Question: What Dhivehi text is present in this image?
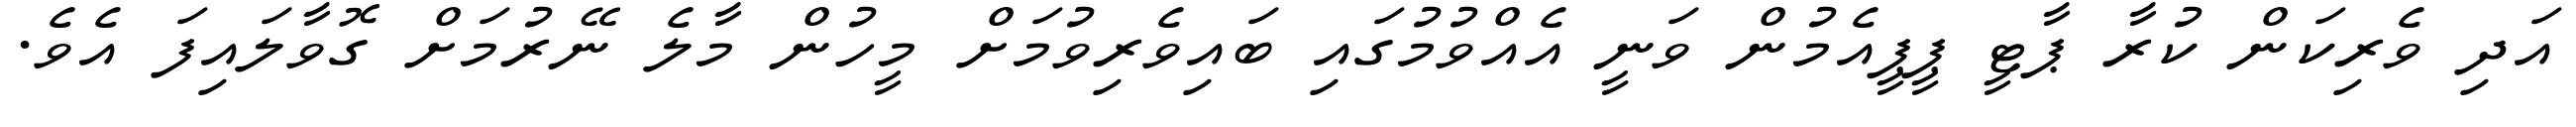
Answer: އަދި ވެރިކަން ކުރާ ޕާޓީ ޕީޕީއެމުން ވަނީ އެއްވުމުގައި ބައިވެރިވުމަށް މީހުން މާލެ ނޭރުމަށް ގޮވާލައިފަ އެވެ.